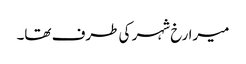
میرا رخ شہر کی طرف تھا۔